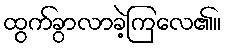
ထွက်ခွာလာခဲ့ကြလေ၏။